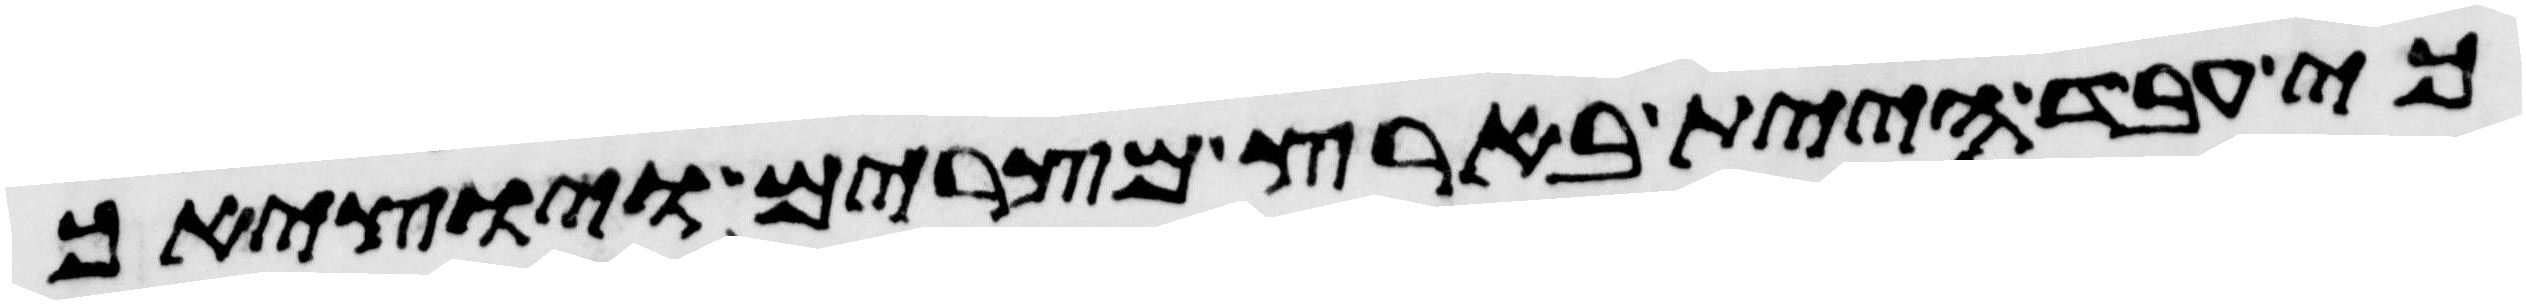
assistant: כי עבד היית בארץ מצרים ויוציאך